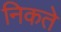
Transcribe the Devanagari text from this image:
निकते